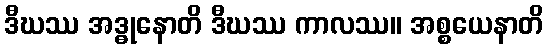
ဒီဃဿ အဒ္ဓုနောတိ ဒီဃဿ ကာလဿ။ အစ္စယေနာတိ